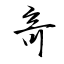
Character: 竒